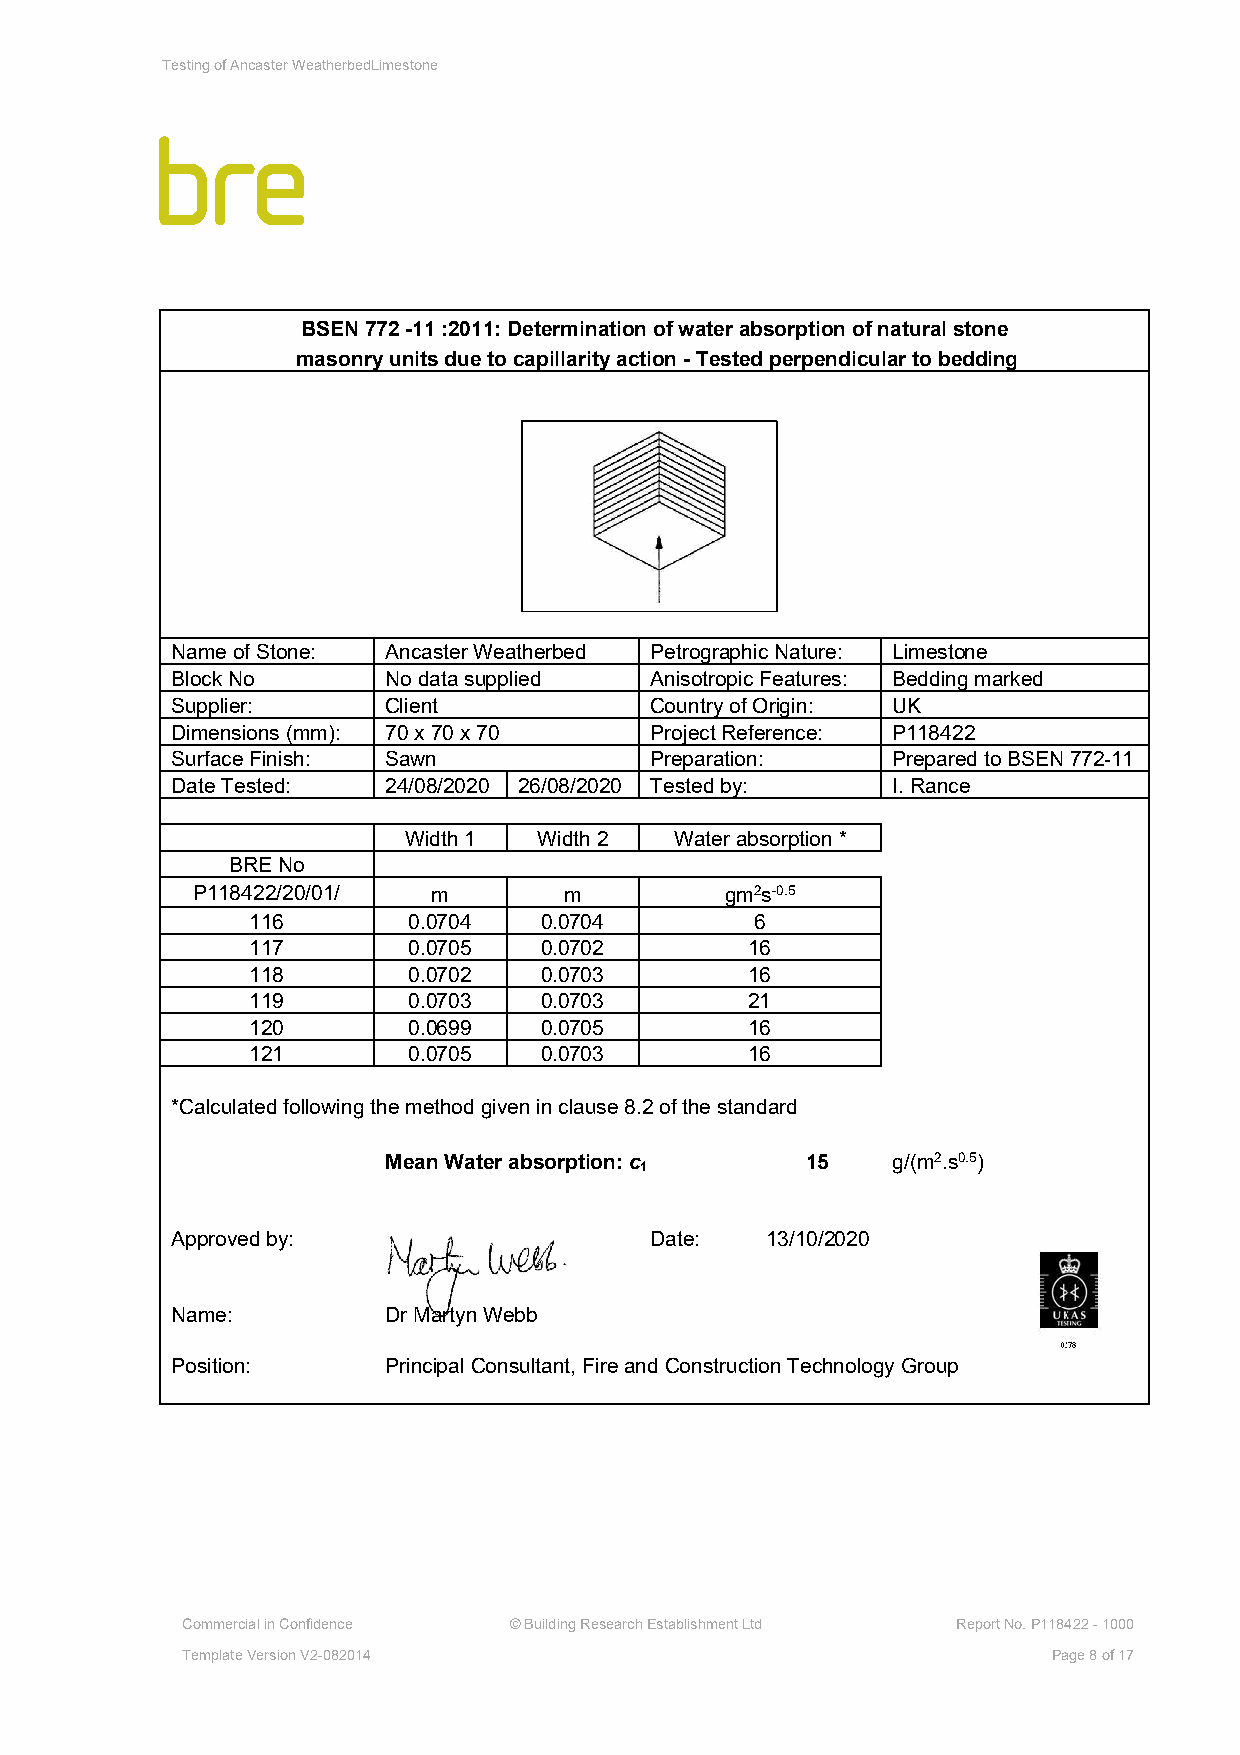
Testing of Ancaster WeatherbedLimestone
 BSEN 772 -11 :2011: Determination of water absorption of natural stone
 masonry units due to capillarity action - Tested perpendicular to bedding
 Name of Stone: Ancaster Weatherbed Petrographic Nature: Limestone
 Block No      No data supplied  Anisotropic Features: Bedding marked
 Supplier:     Client            Country of Origin: UK
 Dimensions (mm): 70 x 70 x 70   Project Reference: P118422
 Surface Finish: Sawn            Preparation:    Prepared to BSEN 772-11
 Date Tested:  24/08/2020 26/08/2020 Tested by:  I. Rance
 Width 1  Width 2  Water absorption *
 BRE No
 P118422/20/01/  m       m          gm2s-0.5
 116        0.0704   0.0704        6
 117        0.0705   0.0702        16
 118        0.0702   0.0703        16
 119        0.0703   0.0703        21
 120        0.0699   0.0705        16
 121        0.0705   0.0703        16
 *Calculated following the method given in clause 8.2 of the standard
 Mean Water absorption: c    15    g/(m2.s0.5)
 1
 Approved by:                    Date:   13/10/2020
 Name:         Dr Martyn Webb
 Position:     Principal Consultant, Fire and Construction Technology Group
 Commercial in Confidence © Building Research Establishment Ltd Report No. P118422 - 1000
 Template Version V2-082014                                Page 8 of 17